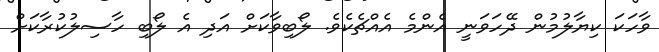
ވާހަކަ ކިޔާލުމުން ދޭހަވަނީ އެންމެ އެއްޗެކެވެ. ލޯބިވާކަށް އަދި އެ ލޯބި ހާސިލުކުރާކަށް